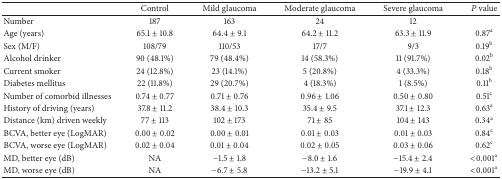
<table><thead><tr><td><b> </b></td><td><b>Control</b></td><td><b>Mild glaucoma</b></td><td><b>Moderate glaucoma</b></td><td><b>Severe glaucoma</b></td><td><b><i>P</i> value</b></td></tr></thead><tbody><tr><td>Number</td><td>187</td><td>163</td><td>24</td><td>12</td><td> </td></tr><tr><td>Age (years)</td><td>65.1 ± 10.8</td><td>64.4 ± 9.1</td><td>64.2 ± 11.2</td><td>63.3 ± 11.9</td><td>0.87<sup>a</sup></td></tr><tr><td>Sex (M/F)</td><td>108/79</td><td>110/53</td><td>17/7</td><td>9/3</td><td>0.19<sup>b</sup></td></tr><tr><td>Alcohol drinker </td><td>90 (48.1%)</td><td>79 (48.4%)</td><td>14 (58.3%)</td><td>11 (91.7%)</td><td>0.02<sup>b</sup></td></tr><tr><td>Current smoker</td><td>24 (12.8%)</td><td>23 (14.1%)</td><td>5 (20.8%)</td><td>4 (33.3%)</td><td>0.18<sup>b</sup></td></tr><tr><td>Diabetes mellitus</td><td>22 (11.8%)</td><td>29 (20.7%)</td><td>4 (18.3%)</td><td>1 (8.5%)</td><td>0.11<sup>b</sup></td></tr><tr><td>Number of comorbid illnesses</td><td>0.74 ± 0.77</td><td>0.71 ± 0.76</td><td>0.96 ± 1.06</td><td>0.50 ± 0.80</td><td>0.51<sup>c</sup></td></tr><tr><td>History of driving (years)</td><td>37.8 ± 11.2</td><td>38.4 ± 10.3</td><td>35.4 ± 9.5</td><td>37.1 ± 12.3</td><td>0.63<sup>a</sup></td></tr><tr><td>Distance (km) driven weekly</td><td>77 ± 113</td><td>102 ± 173</td><td>71 ± 85</td><td>104 ± 143</td><td>0.34<sup>a</sup></td></tr><tr><td>BCVA, better eye (LogMAR)</td><td>0.00 ± 0.02</td><td>0.00 ± 0.01</td><td>0.01 ± 0.03</td><td>0.01 ± 0.03</td><td>0.84<sup>c</sup></td></tr><tr><td>BCVA, worse eye (LogMAR)</td><td>0.02 ± 0.04</td><td>0.01 ± 0.04</td><td>0.02 ± 0.05</td><td>0.03 ± 0.06</td><td>0.62<sup>c</sup></td></tr><tr><td>MD, better eye (dB)</td><td>NA</td><td>−1.5 ± 1.8</td><td>−8.0 ± 1.6</td><td>−15.4 ± 2.4</td><td>&lt;0.001<sup>a</sup></td></tr><tr><td>MD, worse eye (dB)</td><td>NA</td><td>−6.7 ± 5.8</td><td>−13.2 ± 5.1</td><td>−19.9 ± 4.1</td><td>&lt;0.001<sup>a</sup></td></tr></tbody></table>